Civil Veterinary Dept. North-West Frontier Province 1923-32 - 1923-1932
Year: 1923
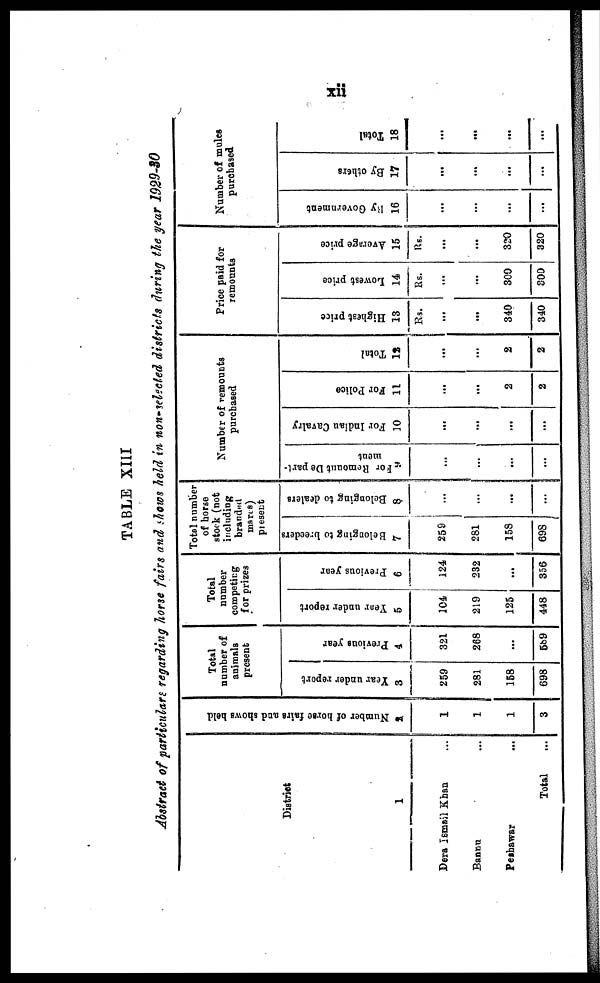
xii
TABLE XIII
Abstract of particulars regarding horse fairs and shows held in non-selected districts during the year 1929-30
District
1
Dera Ismail Khan ...
Bannu ...
Peshawar ...
Total...
Number of horse fairs and shows held
2
1
1
1
3
Total
number of
animals
present
Year under report
3
259
281
158
698
Previous year
4
321
268
...
589
Total
number
competing
for prizes
Year under report
5
104
219
125
448
Previous year
6
124
232
...
356
Total number
of horse
stock (not
including
branded
mares)
present
Belonging to breeders
7
259
281
158
698
Belonging to dealers
8
...
...
...
...
Number of remounts
purchased
For
Remount De part-
ment
9
...
...
...
...
For Indian Cavalry
10
...
...
...
...
For Police
11
...
...
2
2
Total
12
...
...
2
2
Price paid for
remounts
Highest price
13
Rs.
...
...
340
340
Lowest price
14
Rs.
...
...
300
300
Average price
15
Rs.
...
...
320
320
Number of mules
purchased
By Government
16
...
...
...
...
By others
17
...
...
...
...
Total
18
...
...
...
...